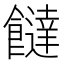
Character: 𩟐